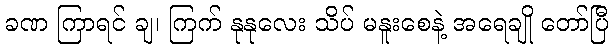
ခဏ ကြာရင် ချ၊ ကြက် နုနုလေး သိပ် မနူးစေနဲ့ အရေချို တော်ပြီ